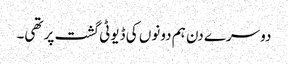
دوسرے دن ہم دونوں کی ڈیوٹی گشت پر تھی۔